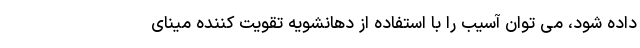
داده شود، می توان آسیب را با استفاده از دهانشویه تقویت کننده مینای